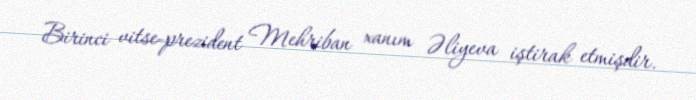
Birinci vitse-prezident Mehriban xanım Əliyeva iştirak etmişdir.